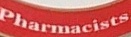
Pharmacists